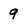
Character: 9